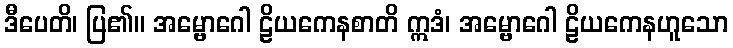
ဒီပေတိ၊ ပြ၏။ အမ္ဗောဂေါ ဠိယကေနစာတိ ဣဒံ၊ အမ္ဗောဂေါ ဠိယကေနဟူသော